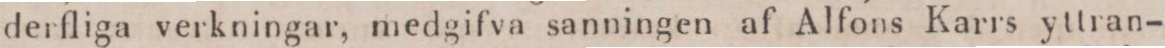
derfliga verkningar, medgifva sanningen af Alfons Karrs yttran-